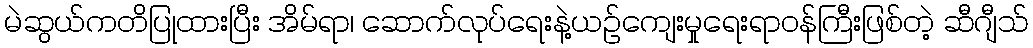
မဲဆွယ်ကတိပြုထားပြီး အိမ်ရာ၊ ဆောက်လုပ်ရေးနဲ့ယဉ်ကျေးမှုရေးရာဝန်ကြီးဖြစ်တဲ့ ဆီဂျီသ်